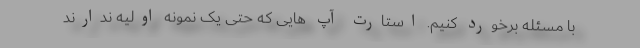
با مسئله برخورد کنیم. استارت آپ هایی که حتی یک نمونه اولیه ندارند